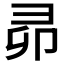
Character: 𭛍